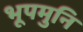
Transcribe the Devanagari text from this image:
भूपमुनि